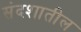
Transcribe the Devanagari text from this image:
संदशातील